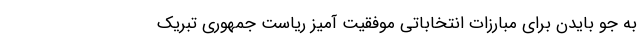
به جو بایدن برای مبارزات انتخاباتی موفقیت آمیز ریاست جمهوری تبریک